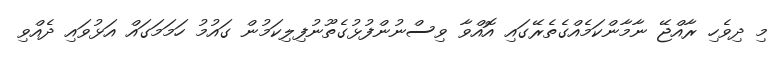
މި ދިވެހި ރާއްޖޭ ނާމާންކަމެއްގެތެރޭގައި އޮއްވާ ވިސްނުންފުޅުގެތޫނުފިލިކަމުން ގައުމު ހަމަމަގައް އަޅުވައި ދެއްވި